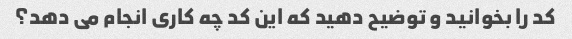
کد را بخوانید و توضیح دهید که این کد چه کاری انجام می دهد؟